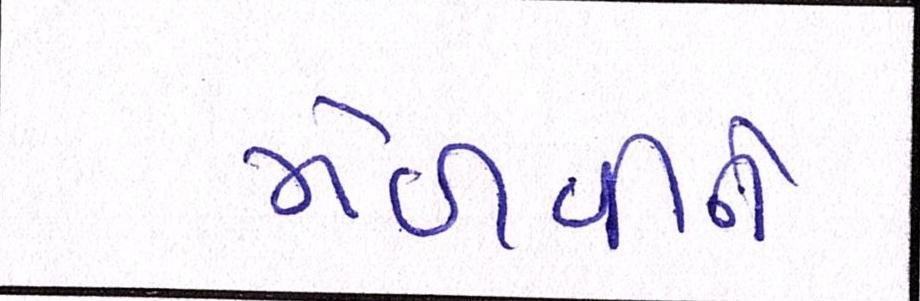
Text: મેળવીને